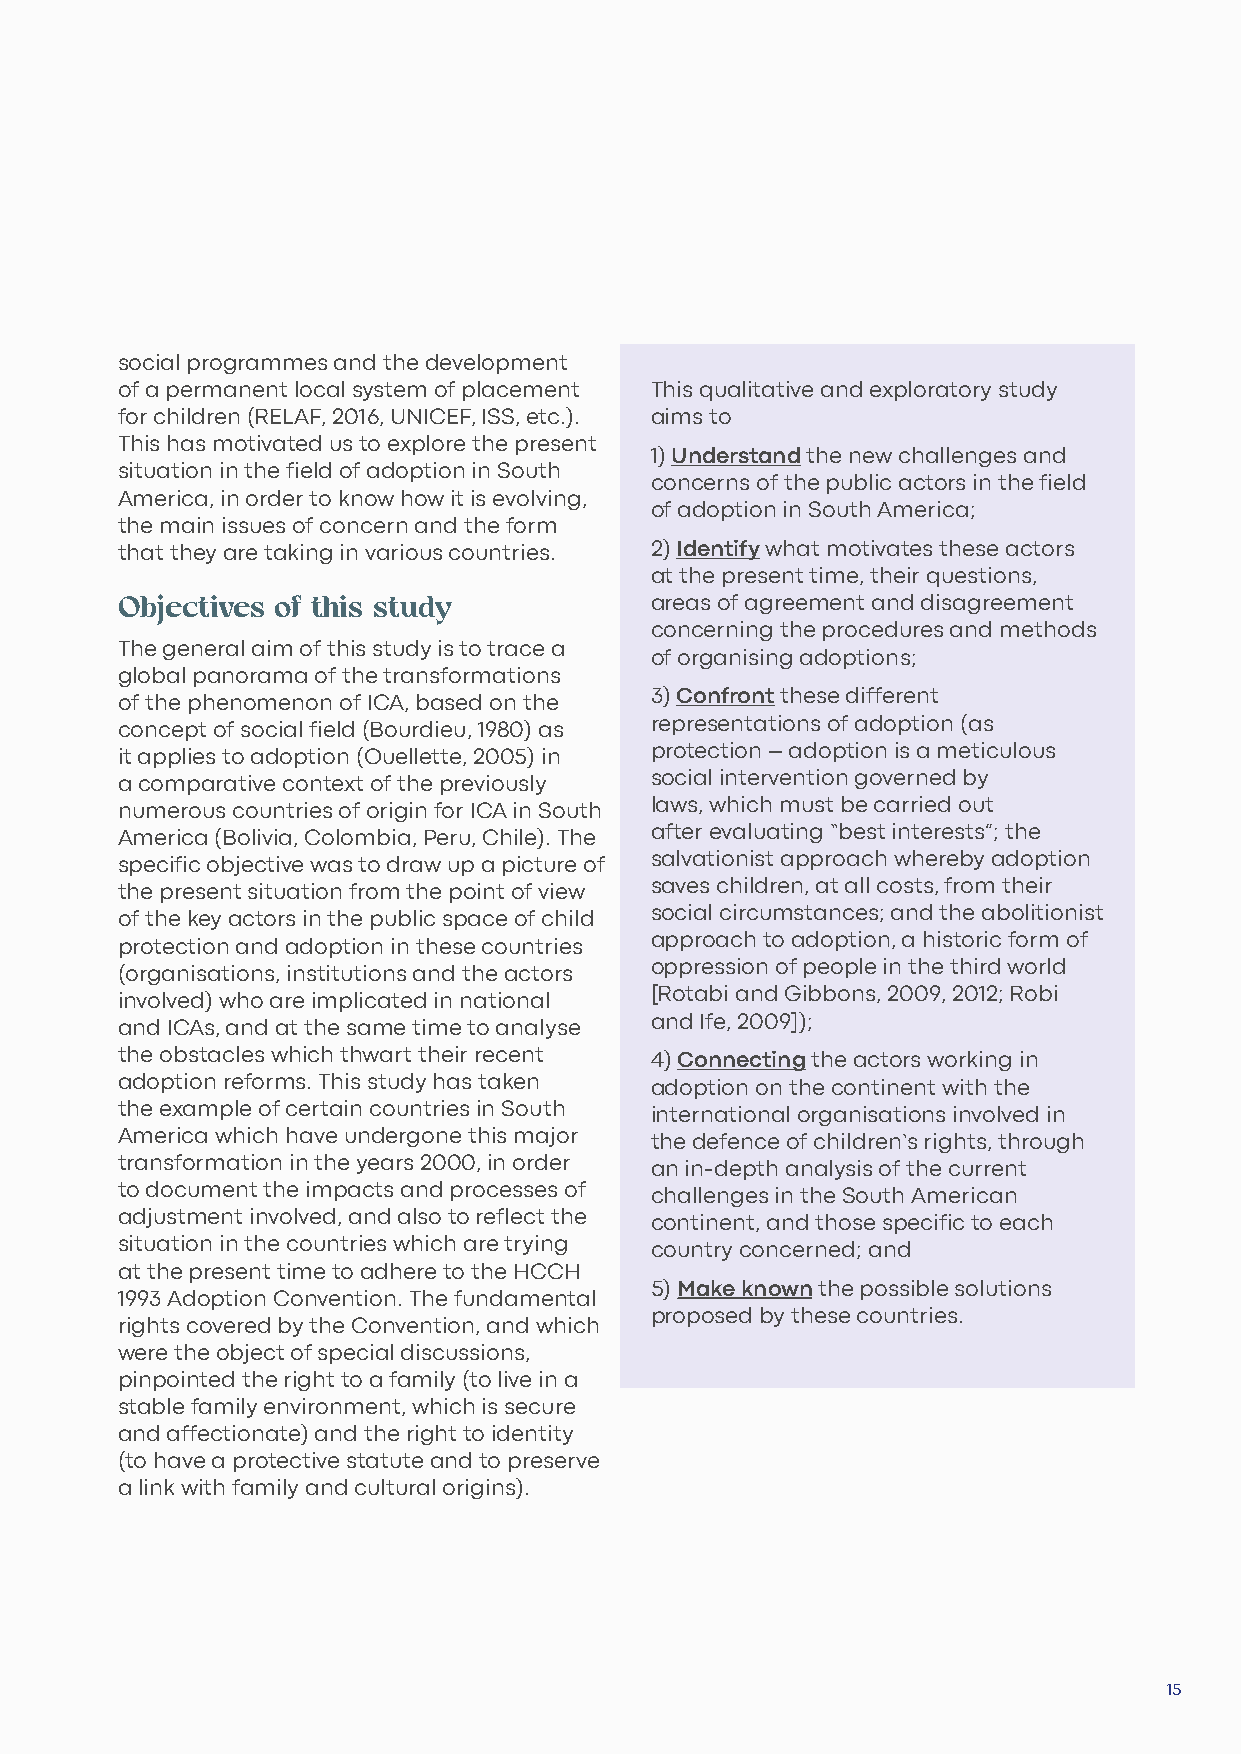
social programmes and the development
 of a permanent local system of placement This qualitative and exploratory study
 for children (RELAF, 2016, UNICEF, ISS, etc.). aims to
 This has motivated us to explore the present
 1) Understand the new challenges and
 situation in the field of adoption in South
 concerns of the public actors in the field
 America, in order to know how it is evolving,
 of adoption in South America;
 the main issues of concern and the form
 that they are taking in various countries. 2) Identify what motivates these actors
 at the present time, their questions,
 Objectives of this study
 areas of agreement and disagreement
 concerning the procedures and methods
 The general aim of this study is to trace a
 of organising adoptions;
 global panorama of the transformations
 of the phenomenon of ICA, based on the 3) Confront these different
 concept of social field (Bourdieu, 1980) as representations of adoption (as
 it applies to adoption (Ouellette, 2005) in protection – adoption is a meticulous
 a comparative context of the previously social intervention governed by
 numerous countries of origin for ICA in South laws, which must be carried out
 America (Bolivia, Colombia, Peru, Chile). The after evaluating “best interests”; the
 specific objective was to draw up a picture of salvationist approach whereby adoption
 the present situation from the point of view saves children, at all costs, from their
 of the key actors in the public space of child social circumstances; and the abolitionist
 protection and adoption in these countries approach to adoption, a historic form of
 (organisations, institutions and the actors oppression of people in the third world
 involved) who are implicated in national [Rotabi and Gibbons, 2009, 2012; Robi
 and ICAs, and at the same time to analyse and Ife, 2009]);
 the obstacles which thwart their recent 4) Connecting the actors working in
 adoption reforms. This study has taken adoption on the continent with the
 the example of certain countries in South international organisations involved in
 America which have undergone this major the defence of children’s rights, through
 transformation in the years 2000, in order an in-depth analysis of the current
 to document the impacts and processes of challenges in the South American
 adjustment involved, and also to reflect the continent, and those specific to each
 situation in the countries which are trying country concerned; and
 at the present time to adhere to the HCCH
 5) Make known the possible solutions
 1993 Adoption Convention. The fundamental
 proposed by these countries.
 rights covered by the Convention, and which
 were the object of special discussions,
 pinpointed the right to a family (to live in a
 stable family environment, which is secure
 and affectionate) and the right to identity
 (to have a protective statute and to preserve
 a link with family and cultural origins).
 15